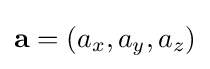
\mathbf {a} =(a_{x},a_{y},a_{z})